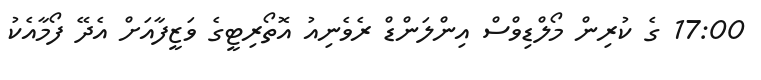
17:00 ގެ ކުރިން މޯލްޑިވްސް އިންލަންޑް ރެވެނިއު އޮތޯރިޓީގެ ވަޒީފާއަށް އެދޭ ފޯމާއެކު